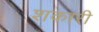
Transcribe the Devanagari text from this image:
शकारी